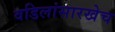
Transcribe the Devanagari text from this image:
वडिलांसारखेच